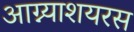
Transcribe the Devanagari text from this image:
आग्न्याशयरस